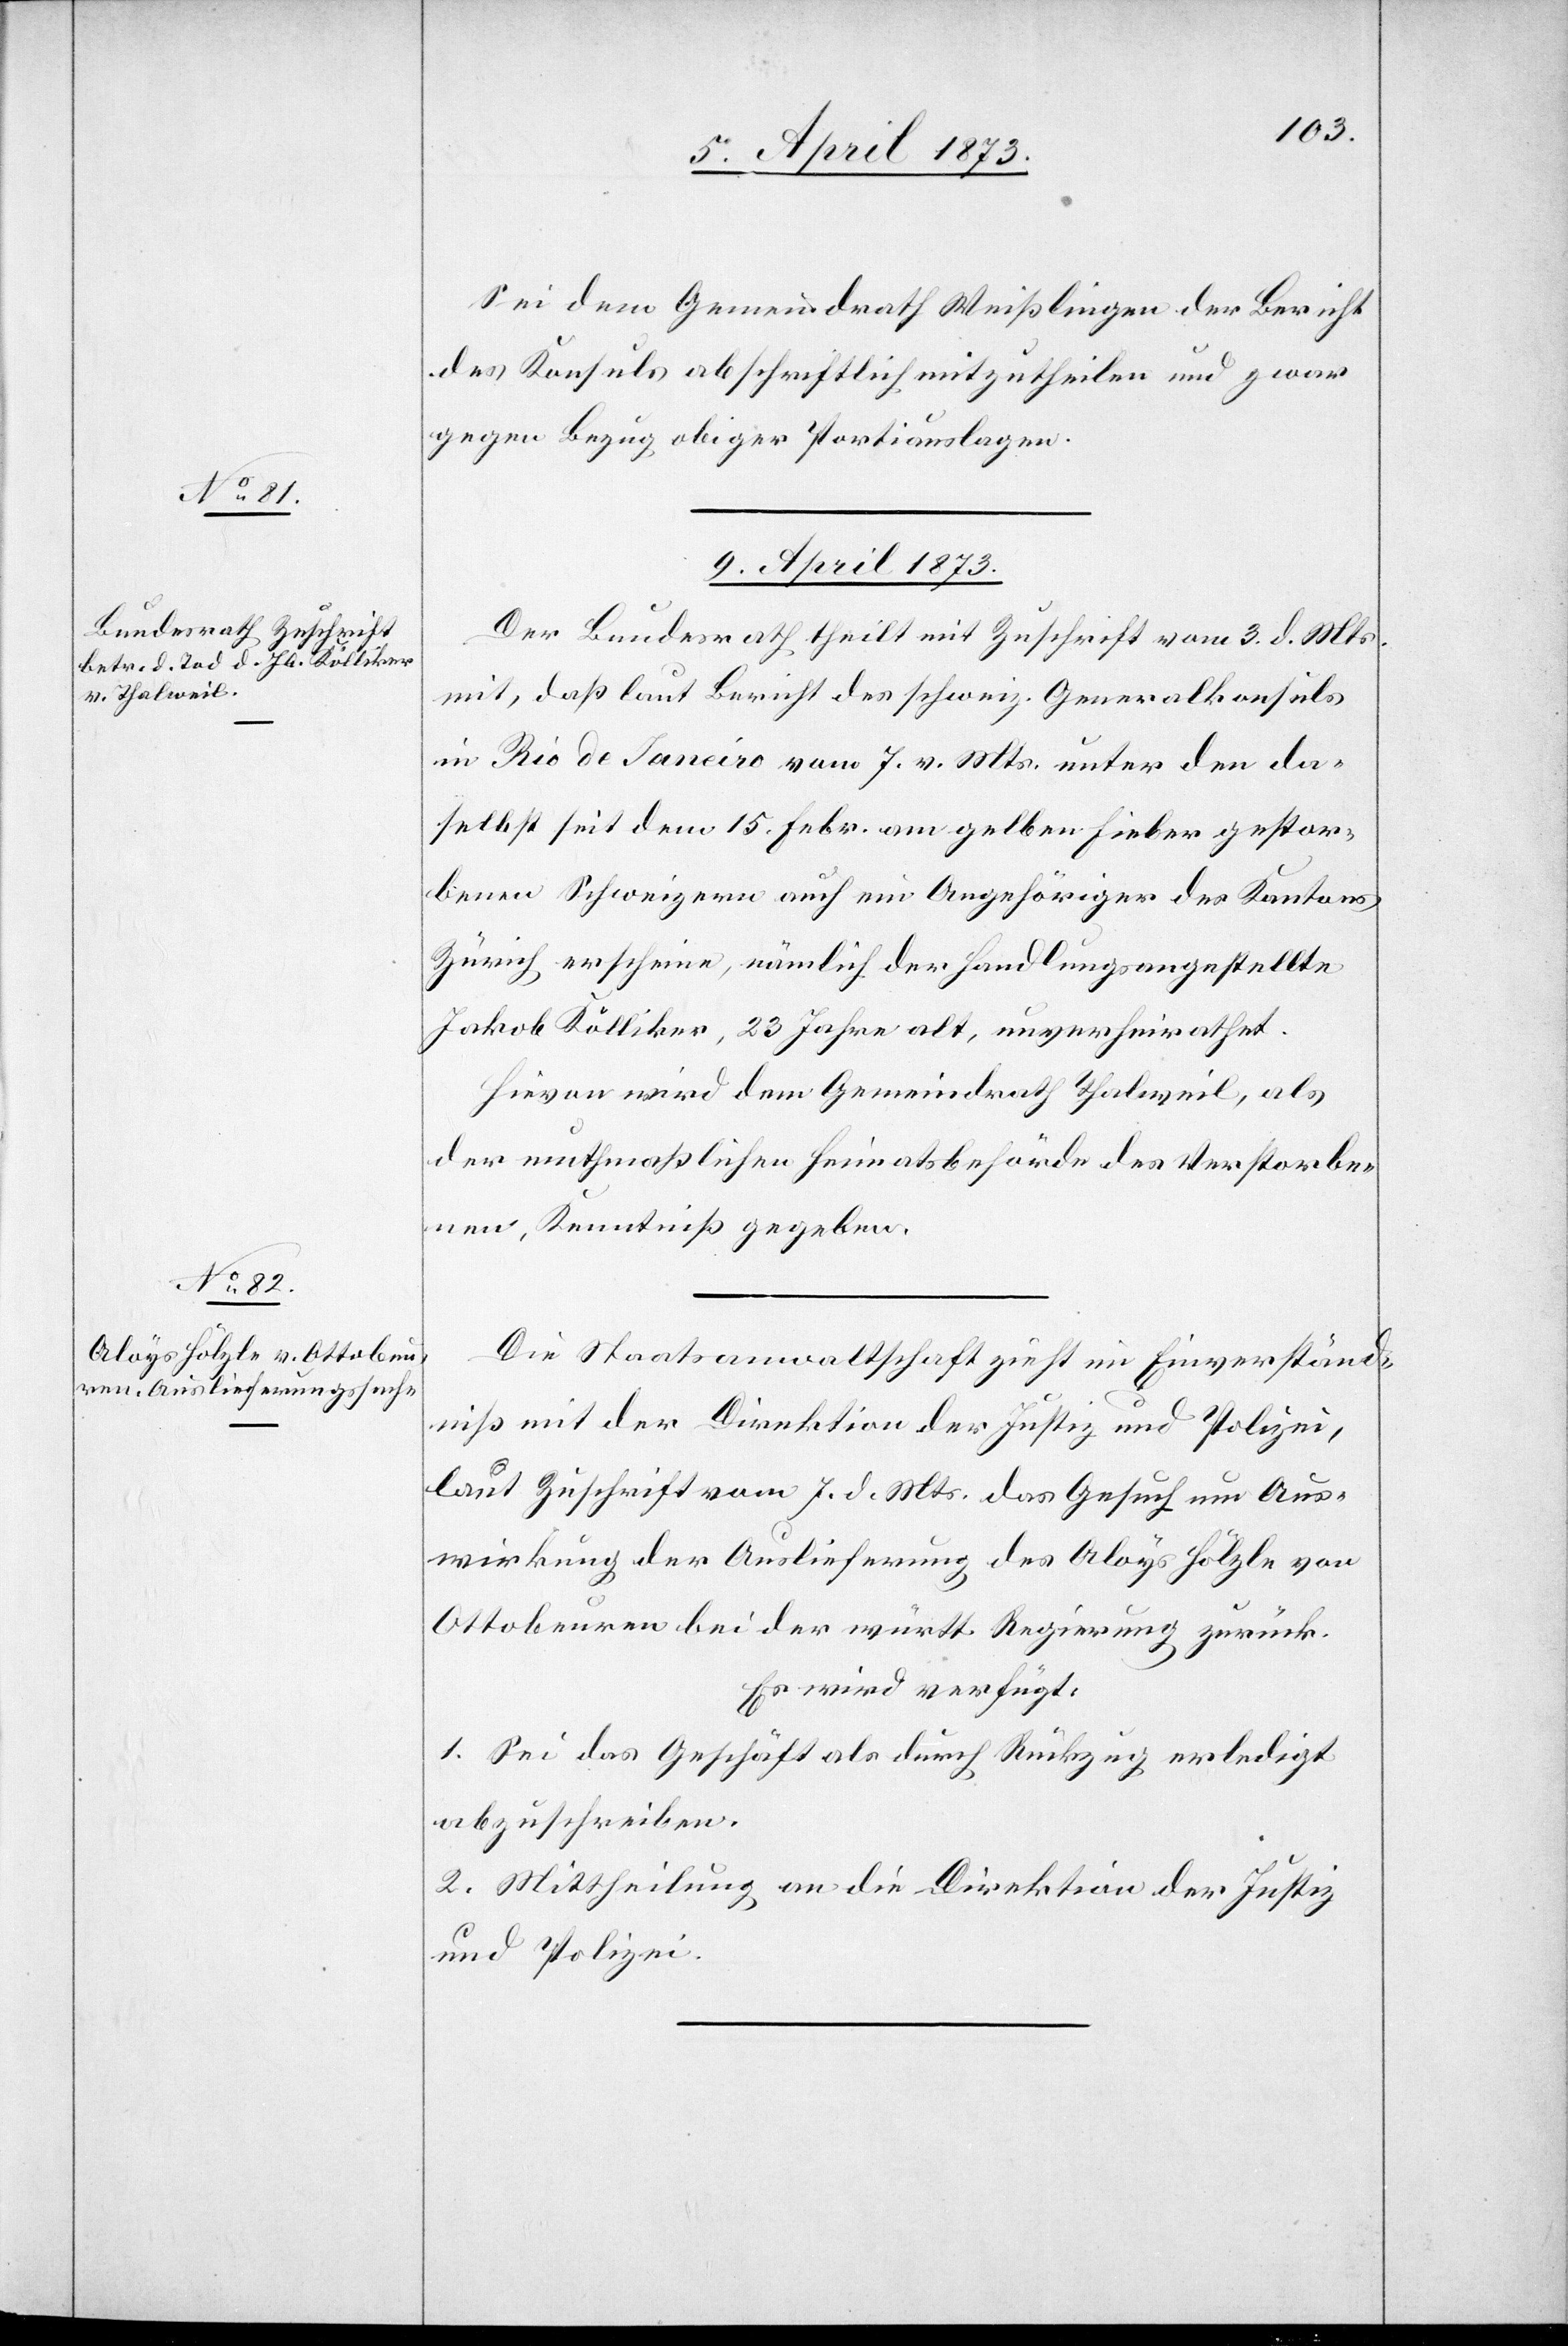
Sei dem Gemeindrath Weißlingen der Bericht
des Konsuls abschriftlich mitzutheilen und zwar
gegen Bezug obiger Portiauslagen.
9. April 1873.]
Der Bundesrath theilt mit Zuschrift vom 3. d. Mts.
mit, daß laut Bericht des schweiz. Generalkonsuls
in Rio de Janeiro vom 7. v. Mts. unter den da¬
selbst seit dem 15. Febr. am gelben Fieber gestor¬
benen Schweizern auch ein Angehöriger des Kantons
Zürich erscheine, nämlich der Handlungsangestellte
Jakob Kölliker, 23 Jahre alt, unverheirathet.
Hievon wird dem Gemeindrath Thalweil, als
der muthmaßlichen Heimatsbehörde des Verstorbe¬
nen, Kenntniß gegeben.
Die Staatsanwaltschaft zieht im Einverständ¬
niß mit der Direktion der Justiz und Polizei,
laut Zuschrift vom 7. d Mts. das Gesuch um Aus¬
wirkung der Auslieferung des Aloys Hölzle von
Ottobeuren bei der württ. Regierung zurück.
Es wird verfügt:
1. Sei das Geschäft als durch Rückzug erledigt
abzuschreiben.
2. Mittheilung an die Direktion der Justiz
und Polizei.